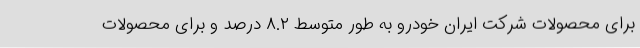
برای محصولات شرکت ایران خودرو به طور متوسط ۸.۲ درصد و برای محصولات